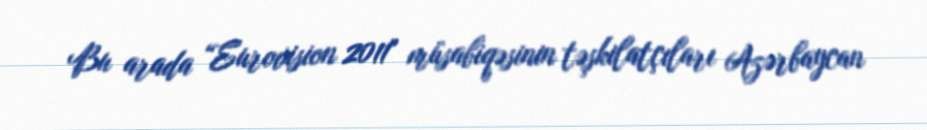
Bu arada “Eurovision 2011" müsabiqəsinin təşkilatçıları Azərbaycan